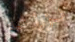
لزراعة